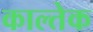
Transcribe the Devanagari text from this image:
काल्तेक